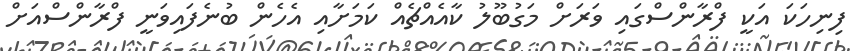
ފިނިހަކަ އަކީ ފްރާންސްގައި ވަރަށް މަގުބޫލު ކާއެއްޗެއް ކަމަށާއި އެހެން ބުނެފައިވަނީ ފްރާންސްއަށް